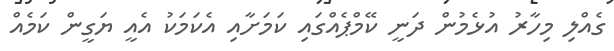
ގެއްލި މިހާރު އުޅެމުން ދަނީ ކޭމްޕެއްގައި ކަމަށާއި އެކަމަކު އެއީ ޔަގީން ކަމެއް